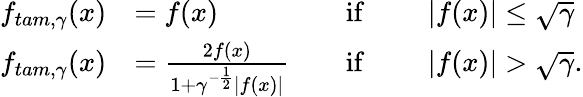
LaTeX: \begin{array}{rlrl}{f_{tam,\gamma}(x)}&{=f(x)\quad}&{\mathrm{if~}}&{\quad|f(x)|\leq\sqrt{\gamma}}\\ {f_{tam,\gamma}(x)}&{=\frac{2f(x)}{1+\gamma^{-\frac{1}{2}}|f(x)|}\quad}&{\mathrm{if~}}&{\quad|f(x)|>\sqrt{\gamma}.}\end{array}